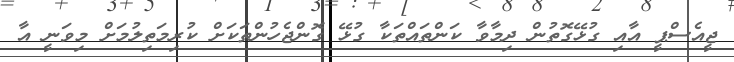
ޖީއެސްޕީ އާއި ގުޅޭގޮތުން ދިމާވާ ކަންތައްތަކާ ގުޅޭ ގޮންޖެހުންތަކަށް ކުރިމަތިލުމަށް މިވަނީ އާ